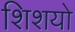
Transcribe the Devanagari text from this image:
शिशयो